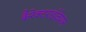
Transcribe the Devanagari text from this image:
कैरेक्टराईज़ेशन